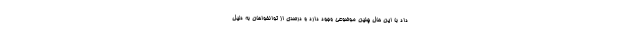
داد با این حال چنین موضوعی وجود دارد و درصدی از توانخواهان به دلیل